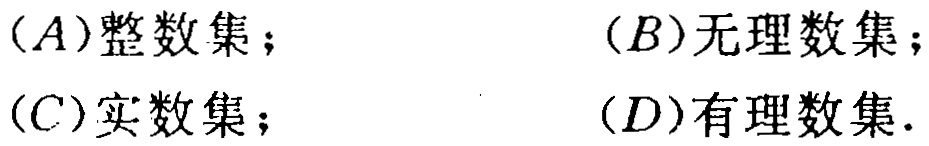
(A)整数集；
(B)无理数集；
(C)实数集；
(D)有理数集.